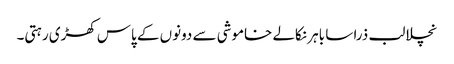
نچلا لب ذرا سا باہر نکالے خاموشی سے دونوں کے پاس کھڑی رہتی۔